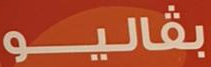
بفاليو